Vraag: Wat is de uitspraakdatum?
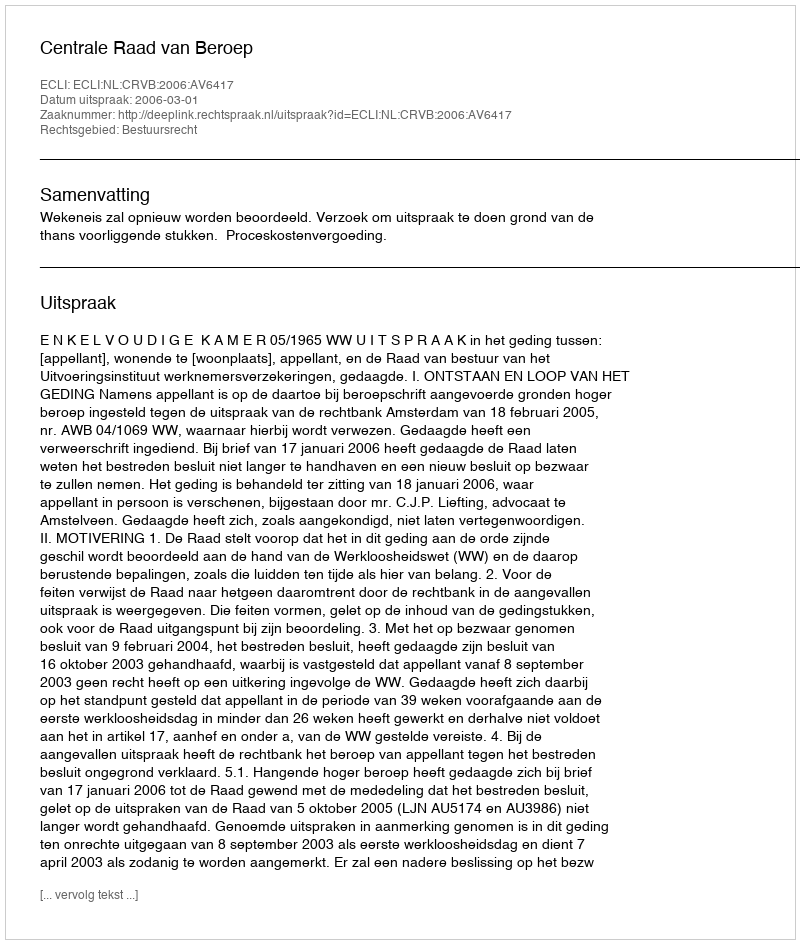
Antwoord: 2006-03-01